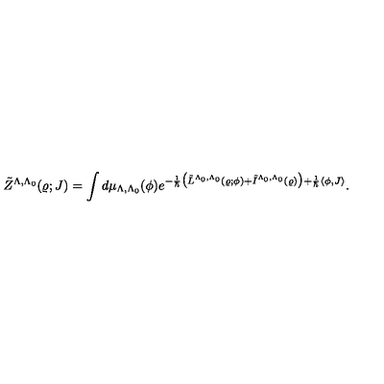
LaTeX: \tilde { Z } ^ { \Lambda , \Lambda _ { 0 } } ( \varrho ; J ) = \int d \mu _ { \Lambda , \Lambda _ { 0 } } ( \phi ) e ^ { - \frac { 1 } { \hbar } \bigl ( \tilde { L } ^ { \Lambda _ { 0 } , \Lambda _ { 0 } } ( \varrho ; \phi ) + \tilde { I } ^ { \Lambda _ { 0 } , \Lambda _ { 0 } } ( \varrho ) \bigr ) + \frac { 1 } { \hbar } \langle \phi , J \rangle } .